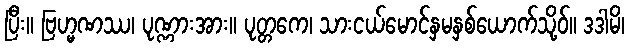
ပြီး။ ဗြဟ္မဏဿ၊ ပုဏ္ဏားအား။ ပုတ္တကေ၊ သားငယ်မောင်နှမနှစ်ယောက်သို့ဝ်။ ဒဒါမိ၊